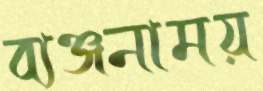
ব্যঞ্জনাময়